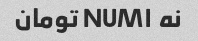
نه NUM۱ تومان